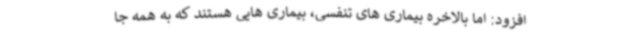
افزود: اما بالاخره بیماری های تنفسی، بیماری هایی هستند که به همه جا